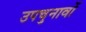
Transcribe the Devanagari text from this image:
उपचुनावों